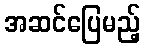
အဆင်ပြေမည့်